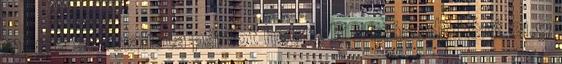
még a szocialista pártot hozta ki a másodikként 21,9